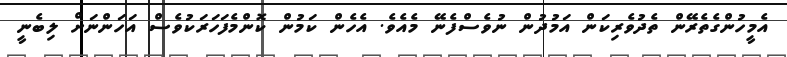
އެމީހުންގެތެރޭން ތެދުވެރިކަން އަމުދުން ނުވެސްފެނޭ މެއެވެ. އެހެން ކަމުން ކޮންމެފަހަރަކުވެސް އަހަންނަށް ލިބެނީ